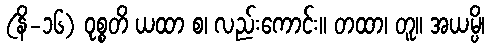
(နိ-၁၆) ဝုစ္စတိ ယထာ စ၊ လည်းကောင်း။ တထာ၊ တူ။ အယမ္ပိ၊